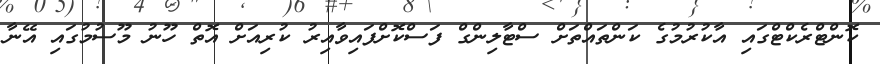
ކޮންޓްރެކްޓްގައި އާކުރުމުގެ ކަންތައްތަށް ސްޓާލިންގް ފަސްކޮށްފައިވާއިރު ކުރިއަށް އޮތް ހޫނު މޫސުމުގައި އޭނާ